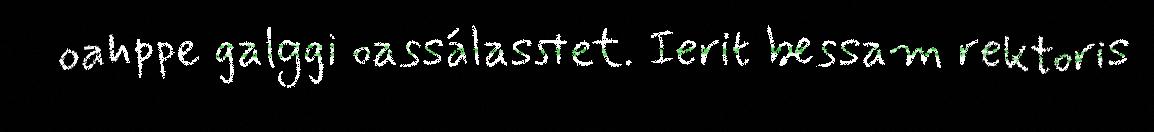
oahppe galggi oassálasstet. Ierit bessam rektoris